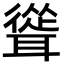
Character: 聳